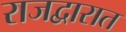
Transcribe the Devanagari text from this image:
राजद्वारात